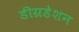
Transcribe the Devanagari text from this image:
डीग्रडेशन